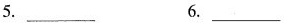
5. ___ 6. ___